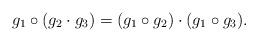
LaTeX: \begin{align*}g_1\circ (g_2\cdot g_3)=(g_1\circ g_2)\cdot (g_1\circ g_3).\end{align*}